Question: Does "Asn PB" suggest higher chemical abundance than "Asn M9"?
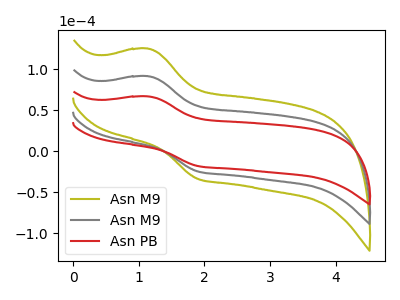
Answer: <think>The olive curve "Asn M9" has an anodic peak at (1.15V, 182.95uA) and a cathodic peak at (1.90V, -49.35uA). The gray curve "Asn M9" has an anodic peak at (1.15V, 91.50uA) and a cathodic peak at (1.90V, -24.65uA). The red curve "Asn PB" has an anodic peak at (1.15V, 66.90uA) and a cathodic peak at (1.90V, -18.05uA).
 All the peaks in "Asn PB" have a peak in "Asn M9" at the same potential. Every peak in "Asn PB" is lower than every peak in "Asn M9".</think>
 <answer>"Asn PB" has less signal than "Asn M9".</answer>
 <eval>less_signal</eval>